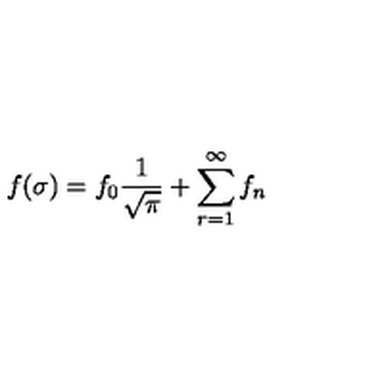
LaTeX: f ( \sigma ) = f _ { 0 } \frac { 1 } { \sqrt { \pi } } + \sum _ { r = 1 } ^ { \infty } f _ { n }